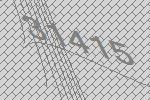
31415